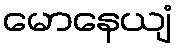
မောနေယျံ